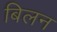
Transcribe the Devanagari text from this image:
बिलन